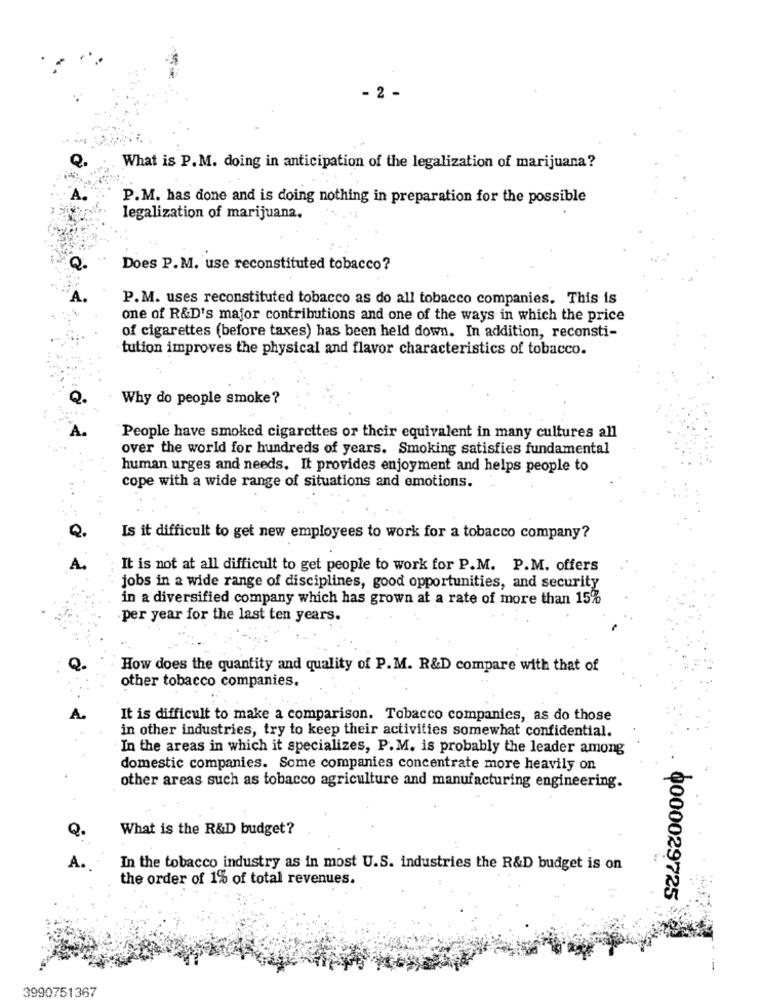
- 2 -
What is P.M. doing in anticipation of the legalization of marijuana?
P.M. has done and is doing nothing in preparation for the possible
legalization of marijuana.
Does P.M. use reconstituted tobacco?
P.M. uses reconstituted tobacco as do all tobacco companies. This is
one of R&D's major contributions and one of the ways in which the price
of cigarettes (before taxes) has been held down. In addition, reconsti-
tution improves the physical and flavor characteristics of tobacco.
Why do people smoke?
People have smoked cigarettes or their equivalent in many cultures all
over the world for hundreds of years. Smoking satisfies fundamental
human urges and needs. It provides enjoyment and helps people to
cope with a wide range of situations and emotions.
Is it difficult to get new employees to work for a tobacco company?
It is not at all difficult to get people to work for P.M. P.M. offers
jobs in a wide range of disciplines, good opportunities, and security
in a diversified company which has grown at a rate of more than 15%
per year for the last ten years.
How does the quantity and quality of P. M. R&D compare with that of
other tobacco companies.
It is difficult to make a comparison. Tobacco companies, as do those
in other industries, try to keep their activities somewhat confidential.
In the areas in which it specializes, P. M. is probably the leader among
domestic companies. Some companies concentrate more heavily on
other areas such as tobacco agriculture and manufacturing engineering.
Q.
What is the R&D budget?
A.
In the tobacco industry as in most U.S. industries the R&D budget is on
the order of 1% of total revenues.
0000029725
3990751367